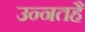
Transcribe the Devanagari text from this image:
उन्नतहैं